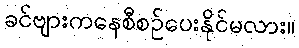
ခင်ဗျားကနေစီစဉ်ပေးနိုင်မလား။